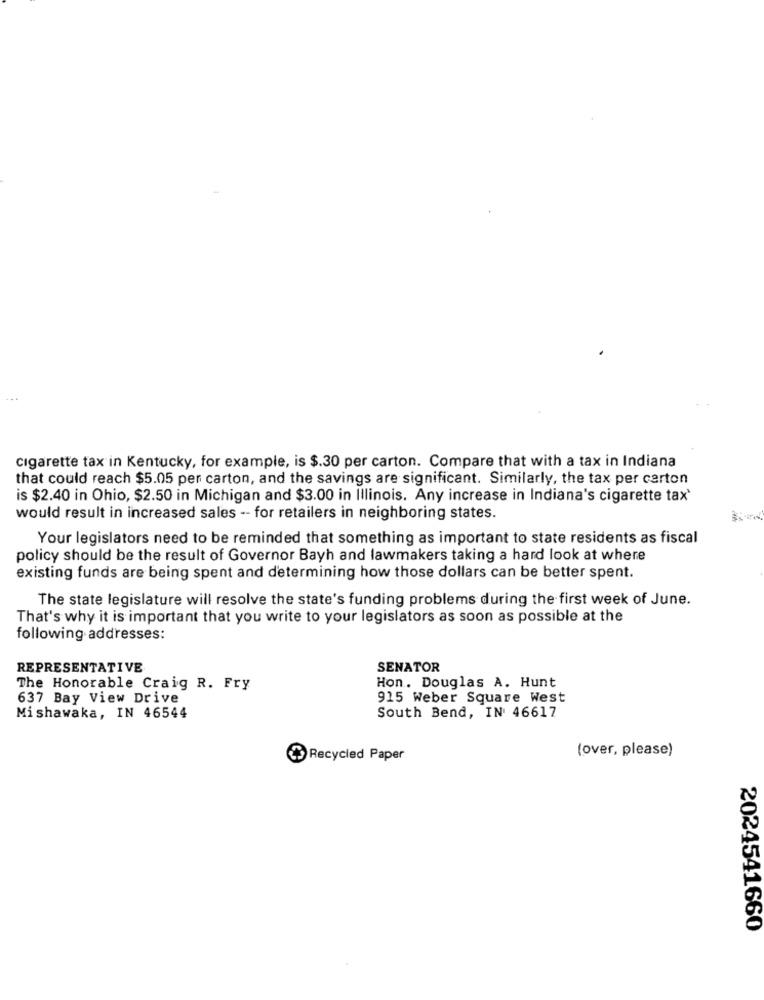
cigarette tax in Kentucky, for example, is $.30 per carton. Compare that with a tax in Indiana
that could reach $5.05 per carton, and the savings are significant. Similarly, the tax per carton
is $2.40 in Ohio, $2.50 in Michigan and $3.00 in Illinois. Any increase in Indiana's cigarette tax'
would result in increased sales -- for retailers in neighboring states.
Your legislators need to be reminded that something as important to state residents as fiscal
policy should be the result of Governor Bayh and lawmakers taking a hard look at where
existing funds are being spent and determining how those dollars can be better spent.
The state legislature will resolve the state's funding problems during the first week of June.
That's why it is important that you write to your legislators as soon as possible at the
following addresses:
REPRESENTATIVE
SENATOR
The Honorable Craig R. Fry
Hon. Douglas A. Hunt
637 Bay View Drive
915 Weber Square West
Mishawaka, IN 46544
South Bend, IN 46617
(over, please)
Recycled Paper
2024541660